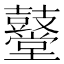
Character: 鼞